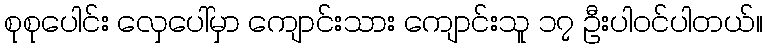
စုစုပေါင်း လှေပေါ်မှာ ကျောင်းသား ကျောင်းသူ ၁၇ ဦးပါဝင်ပါတယ်။